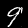
Label: 9